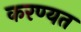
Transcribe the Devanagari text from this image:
करण्यत